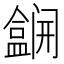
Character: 𫣽